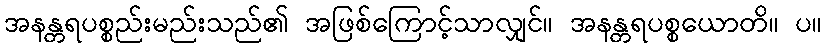
အနန္တရပစ္စည်းမည်းသည်၏ အဖြစ်ကြောင့်သာလျှင်။ အနန္တရပစ္စယောတိ။ ပ။